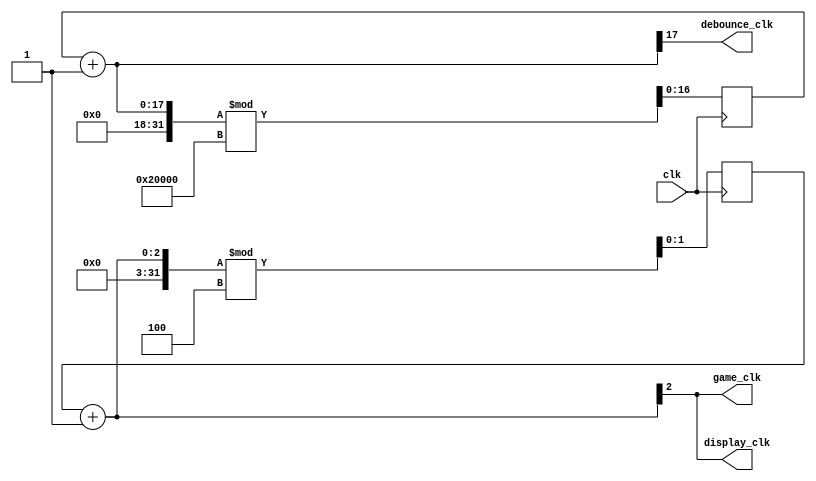
`timescale 1ns / 1ps
//////////////////////////////////////////////////////////////////////////////////
// Company: 
// Engineer: 
// 
// Design Name: 
// Module Name:    clock_divider 
// Project Name: 
// Target Devices: 
// Tool versions: 
// Description: 
//
// Dependencies: 
//
// Revision: 
// Revision 0.01 - File Created
// Additional Comments: 
//
//////////////////////////////////////////////////////////////////////////////////
module clock_divider(
    display_clk, debounce_clk, game_clk,
	 clk
    );
  input clk;
  output display_clk;
  output debounce_clk;
  output game_clk;
  
  wire clk;
  wire display_clk;
  wire debounce_clk;
  wire game_clk;
  assign game_clk = display_clk;
  
  reg [1:0] display_counter;
  wire [2:0] display_counter_inc;
  assign display_counter_inc = display_counter + 1;
  assign display_clk = display_counter_inc[2];
  
  reg [16:0] debounce_counter;
  wire [17:0] debounce_counter_inc;
  assign debounce_counter_inc = debounce_counter + 1;
  assign debounce_clk = debounce_counter_inc[17];
  
  initial
  begin
    debounce_counter = 0;
	 display_counter = 0;
  end
  
  always @(posedge clk)
  begin
    display_counter = (display_counter + 1) % 4;
	 debounce_counter = (debounce_counter + 1) % 131072;
  end
endmodule